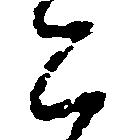
こ